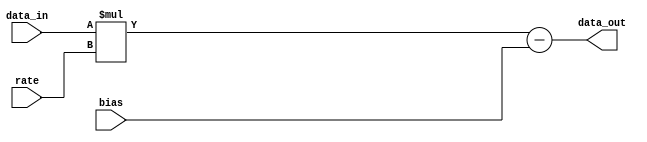
// This program was cloned from: https://github.com/VeriGOOD-ML/public
// License: Apache License 2.0

//
//      verilog template for combinational logic  in Axiline
//

module comb_reco#(
    parameter bitwidth  =32,
	parameter inputBitwidth =16
)(
    input [bitwidth-1:0]data_in,
    input [inputBitwidth-1:0]bias,
	input [inputBitwidth-1:0]rate,
	//input [inputBitwidth-1:0]mu,
    //input valid,
    output [bitwidth-1:0]data_out
);

    wire [bitwidth-1:0] data;
    /*combination logic*/

    assign data=data_in*rate-bias;


    assign data_out=data;

endmodule